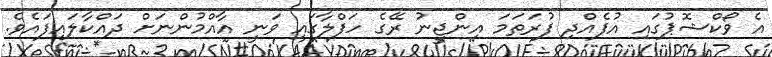
އެ ވޯކްޝޮޕުގައި އުފެއްދި ފުރަތަމަ އިންޖީނު ރޭގެ ހަފްލާގައި ވަނީ އާއްމުންނަށް ދައްކާލައިފައެވެ.